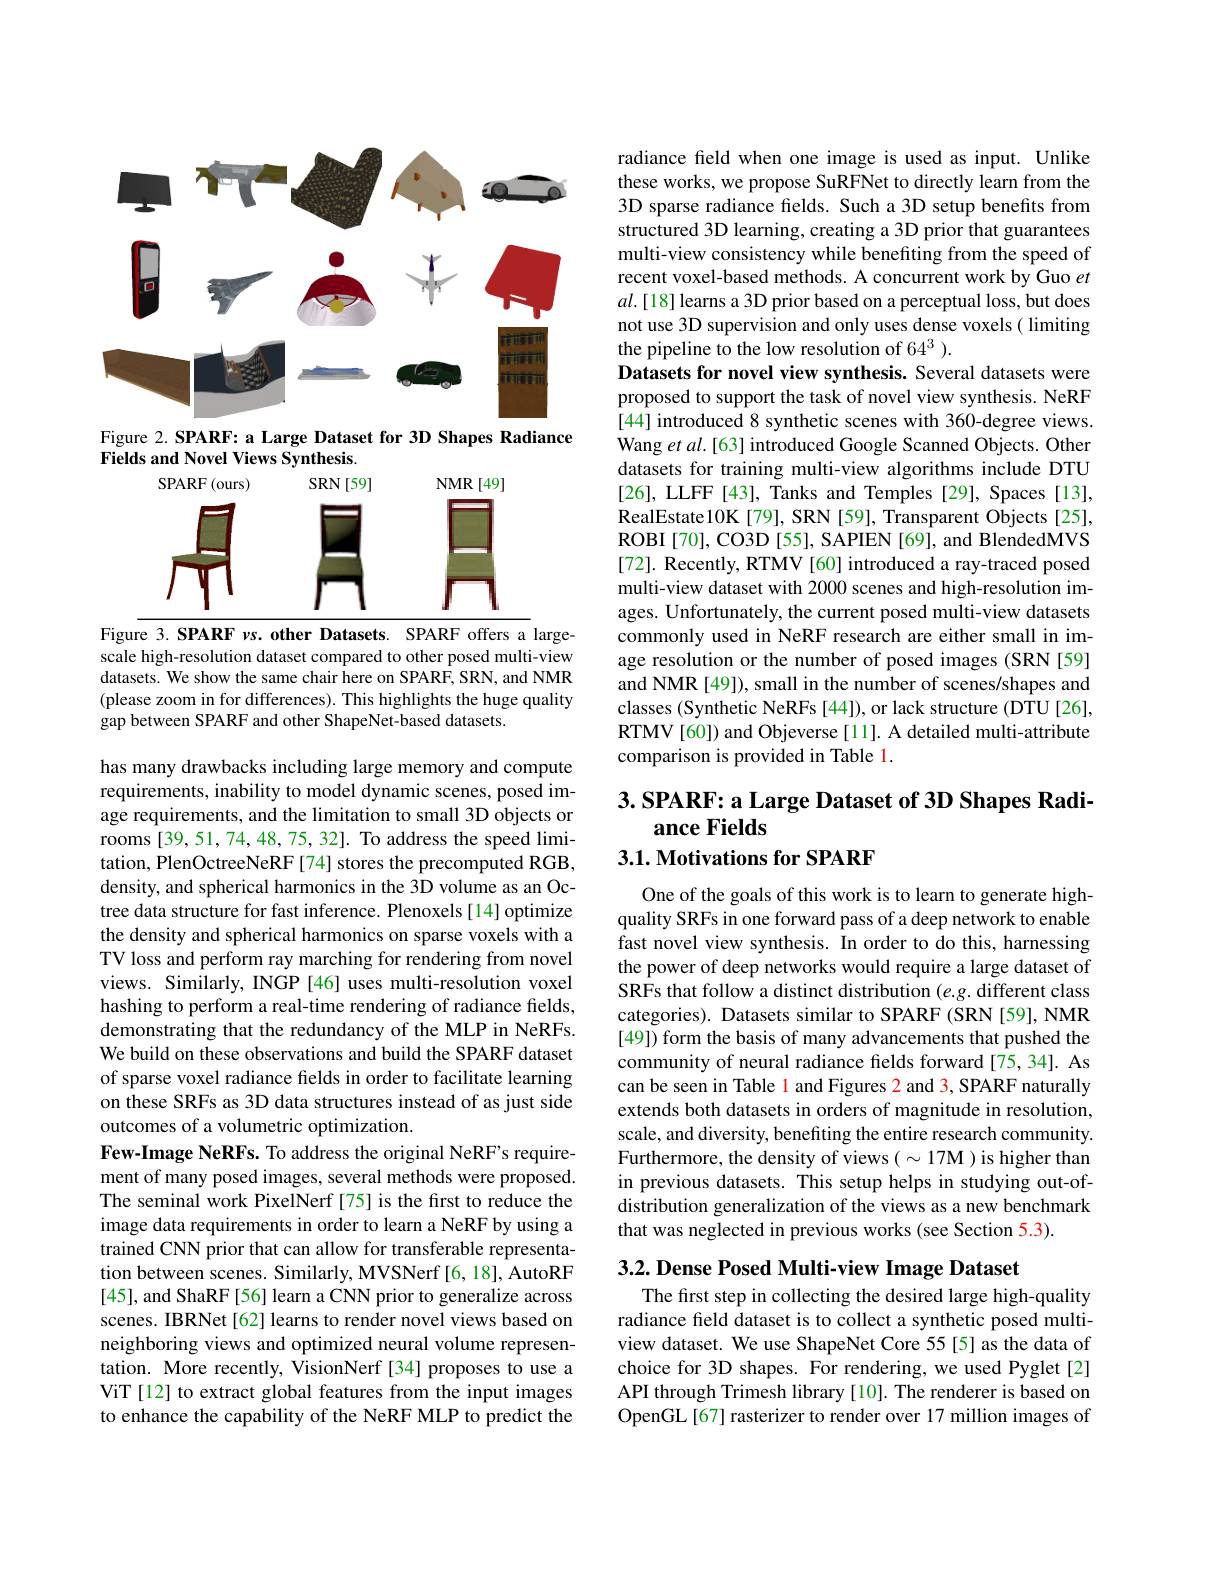
<FigureHere>

Figure 2. SPARF: a Large Dataset for 3D Shapes Radiance
Fields and Novel Views Synthesis.
<FigureHere>

Figure 3. SPARF vs. other Datasets. SPARF offers a large-

scale high-resolution dataset compared to other posed multi-view datasets. We show the same chair here on SPARF, SRN, and NMR (please zoom in for differences). This highlights the huge quality gap between SPARF and other ShapeNet-based datasets.

has many drawbacks including large memory and compute requirements, inability to model dynamic scenes, posed image requirements, and the limitation to small 3D objects or rooms [39,51,74,48,75,32]. To address the speed limitation, PlenOctreeNeRF[74] stores the precomputed RGB, density, and spherical harmonics in the 3D volume as an Octree data structure for fast inference. Plenoxels [14] optimize the density and spherical harmonics on sparse voxels with a TV loss and perform ray marching for rendering from novel views. Similarly, INGP [46] uses multi-resolution voxel hashing to perform a real-time rendering of radiance fields, demonstrating that the redundancy of the MLP in NeRFs. We build on these observations and build the SPARF dataset of sparse voxel radiance fields in order to facilitate learning on these SRFs as 3D data structures instead of as just side outcomes of a volumetric optimization.
Few-Image NeRFs. To address the original NeRF's requirement of many posed images, several methods were proposed. The seminal work PixelNerf [75] is the first to reduce the image data requirements in order to learn a NeRF by using a trained CNN prior that can allow for transferable representation between scenes. Similarly, MVSNerf [6, 18], AutoRF [45], and ShaRF [56] learn a CNN prior to generalize across scenes. IBRNet[62] learns to render novel views based on neighboring views and optimized neural volume representation. More recently, VisionNerf [34] proposes to use a ViT[12] to extract global features from the input images to enhance the capability of the NeRF MLP to predict the

radiance feld when one image is used as input. Unlike these works, we propose SuRFNet to directly learn from the 3D sparse radiance fields. Such a 3D setup benefits from structured 3D learning, creating a 3D prior that guarantees multi-view consistency while benefiting from the speed of recent voxel-based methods. A concurrent work by Guo $et$ $al.[18]$ learns a 3D prior based on a perceptual loss, but does not use 3D supervision and only uses dense voxels ( limiting the pipeline to the low resolution of 64$^3$ ).
Datasets for novel view synthesis. Several datasets were proposed to support the task of novel view synthesis. NeRF [44] introduced 8 synthetic scenes with 360-degree views. Wang et al.[63] introduced Google Scanned Objects. Other datasets for training multi-view algorithms include DTU [26], LLFF [43], Tanks and Temples [29], Spaces [13], RealEstate10K[79], SRN[59], Transparent Objects[25], ROBI [70], CO3D [55], SAPIEN [69], and BlendedMVS [72]. Recently, RTMV [60] introduced a ray-traced posed multi-view dataset with 2000 scenes and high-resolution images. Unfortunately, the current posed multi-view datasets commonly used in NeRF research are either small in image resolution or the number of posed images (SRN [59] and NMR [49]), small in the number of scenes/shapes and classes (Synthetic NeRFs [44]), or lack structure (DTU[26], RTMV[60]) and Objeverse [11]. A detailed multi-attribute comparison is provided in Table 1.

# $3. \textbf{SPARF: a Large Dataset of 3D Shapes Radi- }$ ance Fields 3.1. Motivations for SPARF

One of the goals of this work is to learn to generate highquality SRFs in one forward pass of a deep network to enable fast novel view synthesis. In order to do this, harnessing the power of deep networks would require a large dataset of SRFs that follow a distinct distribution (e.g. different class categories). Datasets similar to SPARF (SRN [59], NMR [49]) form the basis of many advancements that pushed the community of neural radiance felds forward [75, 34]. As can be seen in Table l and Figures 2 and 3, SPARF naturally extends both datasets in orders of magnitude in resolution, scale, and diversity, benefiting the entire research community. Furthermore, the density of views( $\sim17$M )is higher than in previous datasets. This setup helps in studying out-ofdistribution generalization of the views as a new benchmark that was neglected in previous works (see Section 5.3).

3.2. Dense Posed Multi-view Image Dataset

The first step in collecting the desired large high-quality radiance field dataset is to collect a synthetic posed multiview dataset. We use ShapeNet Core 55 [5] as the data of choice for 3D shapes. For rendering, we used Pyglet[2] API through Trimesh library [10]. The renderer is based on OpenGL[67] rasterizer to render over 17 million images of